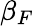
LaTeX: \beta_{F}